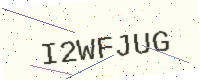
Text: I2WFJUG